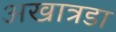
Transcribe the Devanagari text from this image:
अखात्रडा